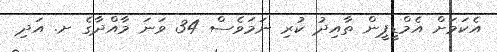
އެކަމަށް އެމްޑީޕީން ތާއިދު ކުރި ނަމަވެސް 34 ވަނަ މާއްދާގެ ށ. އަދި